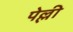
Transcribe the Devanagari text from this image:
पेल्ली